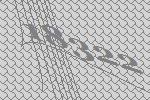
18322